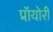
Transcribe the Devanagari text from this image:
प्रॉयोरी